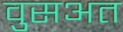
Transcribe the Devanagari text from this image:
वुसअत